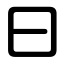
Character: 曰